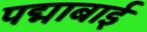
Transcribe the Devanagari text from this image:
पद्माबाई